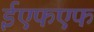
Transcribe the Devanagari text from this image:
ईएफएफ